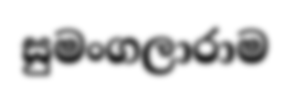
සුමංගලාරාම